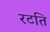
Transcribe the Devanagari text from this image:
रटति